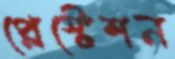
প্লেস্টেশন